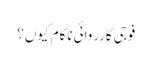
فوجی کارروائی ناکام کیوں؟